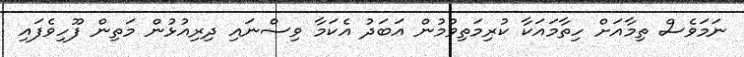
ނަމަވެސް ތިމާއަށް ހިތާމައަކާ ކުރިމަތިވުމުން އަބަދު އެކަމާ ވިސްނައި ދިރިއުޅުން މަތިން ފޫހިވެފައި